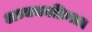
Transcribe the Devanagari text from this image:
अध्ययनप्रियता